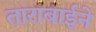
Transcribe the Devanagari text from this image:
ताराबाईने